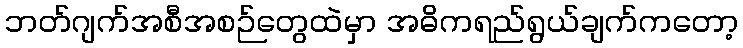
ဘတ်ဂျက်အစီအစဉ်တွေထဲမှာ အဓိကရည်ရွယ်ချက်ကတော့